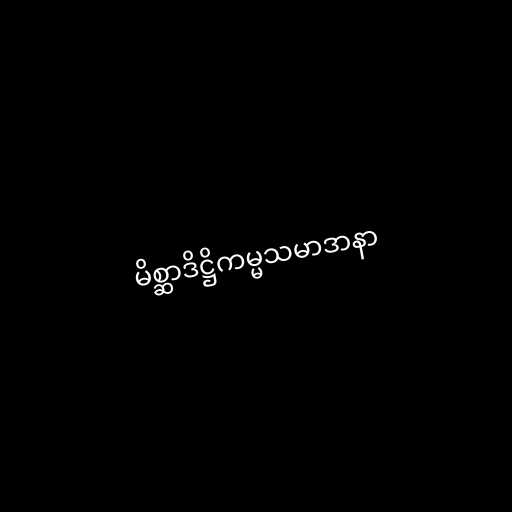
မိစ္ဆာဒိဋ္ဌိကမ္မသမာဒာနာ